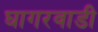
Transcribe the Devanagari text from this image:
घागरवाडी